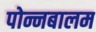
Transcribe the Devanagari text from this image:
पोन्नबालम